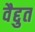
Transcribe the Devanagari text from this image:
वैद्दुत